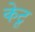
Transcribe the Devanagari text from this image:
केटू